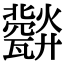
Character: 𤮪